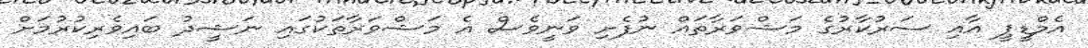
އެމްޑީޕީ އާއި ސަރުކާރުގެ މަޝްވަރާތައް ނުފެށި ވަނީވެސް އެ މަޝްވަރާތަކުގައި ނަޝީދު ބައިވެރިކުރުމަށް